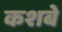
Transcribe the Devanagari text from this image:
कशबे